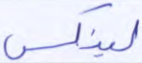
لينكس